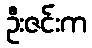
ဦးဇင်းက